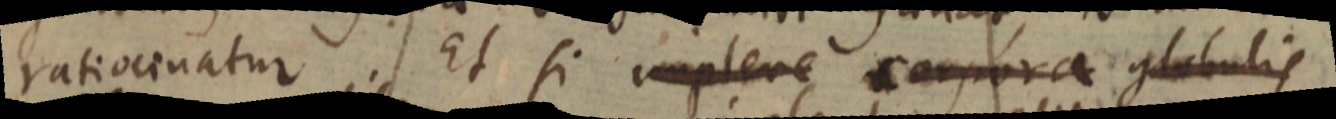
ratiocinatur. Et si implere corpora globulis